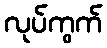
လုပ်ကွက်